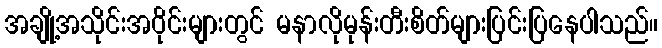
အချို့အသိုင်းအဝိုင်းများတွင် မနာလိုမုန်းတီးစိတ်များပြင်းပြနေပါသည်။